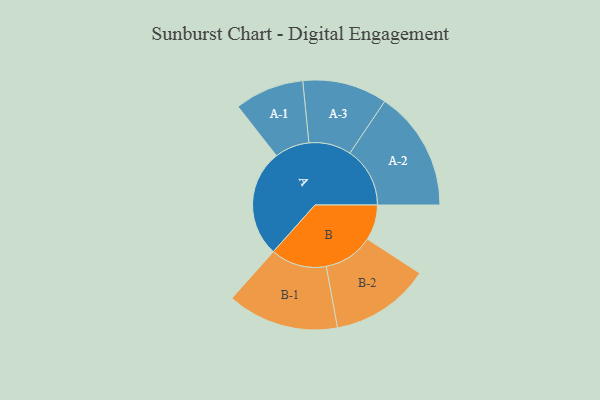
{"axis": {"x": "Segment", "y": "Value"}, "legend": ["", "A", "B"], "data": [{"x": "A", "y": 461, "type": ""}, {"x": "B", "y": 152, "type": ""}, {"x": "A-1", "y": 149, "type": "A"}, {"x": "A-2", "y": 258, "type": "A"}, {"x": "A-3", "y": 182, "type": "A"}, {"x": "B-1", "y": 240, "type": "B"}, {"x": "B-2", "y": 214, "type": "B"}]}